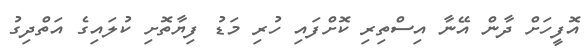
އޮފީހަށް ދާން އޭނާ އިސްތިރި ކޮށްފައި ހުރި މަޑު ފިޔާތޮށި ކުލައިގެ އަތްދިގު